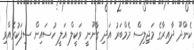
ކެންދޫ ދާއިރާގެ މަޖިލިސް މެމްބަރު އަދި ގާނޫނީ ވަކީލް އަލީ ހުސައިން ސިފަކުރެއްވި